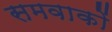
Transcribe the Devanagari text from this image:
समवाकों